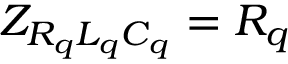
Z _ { R _ { q } L _ { q } C _ { q } } = R _ { q }